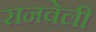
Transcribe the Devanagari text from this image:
रानवेली